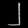
Digit: ၂